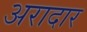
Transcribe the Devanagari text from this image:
अरादार